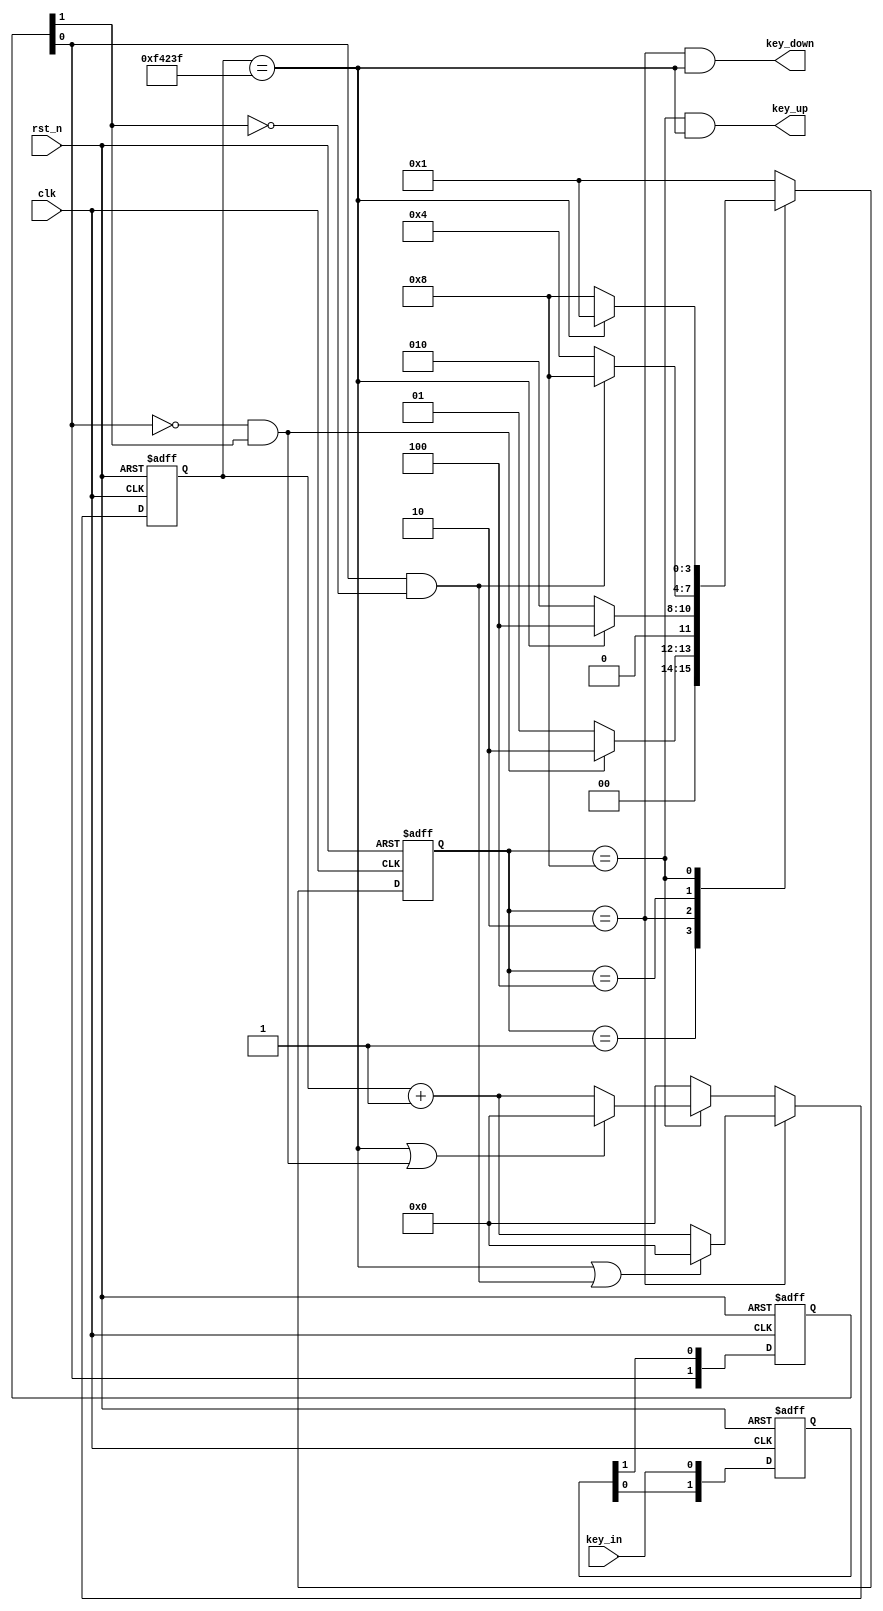
module key_debounce(
       input       clk         , //50M  
       input       rst_n       ,
       input       key_in      ,
       output      key_down    ,  //
       output      key_up         //
       
    );
 localparam   IDLE    =4'b0001,//
              FILTER0 =4'b0010,//
              DOWN    =4'b0100,//
              FILTER1 =4'b1000;//
  localparam   CNT_20MS =20_000_000/20-1 ; //20ms
  reg [31:0]   cnt     ;   //
  reg [1:0]    key_filter; //
  reg [1:0]    key_in_d;   //
  reg [3:0]    state   ;
  wire         nedge   ;   //
  wire         pedge   ;   //
  wire         end_cnt ;   //20ms 
  //
  always@(posedge clk or negedge rst_n)begin
    if(!rst_n)
         key_filter<=2'b11;
    else 
         key_filter<={key_filter[0],key_in};
  end
  //
  always @(posedge clk or negedge rst_n) begin
      if(!rst_n)
         key_in_d<=2'b11;
      else
         key_in_d<={key_in_d[0],key_filter[1]};
  end
  // 
  assign nedge=(!key_in_d[0])&key_in_d[1];
  
  // 
  assign pedge=key_in_d[0]&(!key_in_d[1]);
  
  //
  always @(posedge clk or negedge rst_n) begin
     if(!rst_n)
          cnt<='d0;
      else if(state==FILTER0)begin
              if(end_cnt|pedge)
                  cnt<='d0;
              else 
                   cnt<=cnt+1'b1;
      end
      else if(state==FILTER1)begin
             if(end_cnt|nedge)
                   cnt<='d0;
             else 
                  cnt<=cnt+1'b1;   
      end
      else cnt<='d0;
  end
  assign end_cnt=cnt==CNT_20MS;
  //FSM
  always @(posedge clk or negedge rst_n) begin
      if(!rst_n)
          state<=IDLE;
      else begin
            case (state)
                IDLE:begin
                        if(nedge)
                           state<=FILTER0;
                        else
                           state<=IDLE; 
                     end 
                FILTER0:begin
                          if(end_cnt)//20ms
                              state<=DOWN;
                          else state<=FILTER0;       
                end
                DOWN:begin
                        if(pedge)//
                              state<=FILTER1; 
                        else 
                              state<=DOWN;           
                end
                FILTER1:begin
                       if(end_cnt)//20ms
                           state<=IDLE;
                       else 
                          state<=FILTER1; 
                end
                default: state<=IDLE; 
            endcase
      end
  end   
 assign  key_down= state==FILTER0&&end_cnt;
 assign  key_up  = state==FILTER1&&end_cnt;
 endmodule